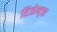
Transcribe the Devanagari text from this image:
रिजेन्ट्स